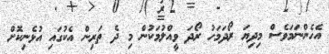
އެހެންނަމަވެސް މިދިޔަ ރޯދަމަހު ރޯދަ ވީއްލުމަކުން މި ދެ ތަރިން އެކުގައި އުޅެނިކޮށް